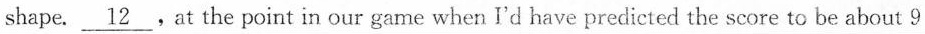
shape. \underline{12} .At the point in our game when I'd have predicted the score to be about 9